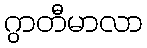
ဂွာတီမာလာ